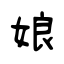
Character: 娘